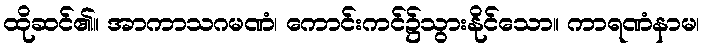
ထိုဆင်၏။ အာကာသဂမဏံ၊ ကောင်းကင်၌သွားနိုင်သော။ ကာရဏံနာမ၊